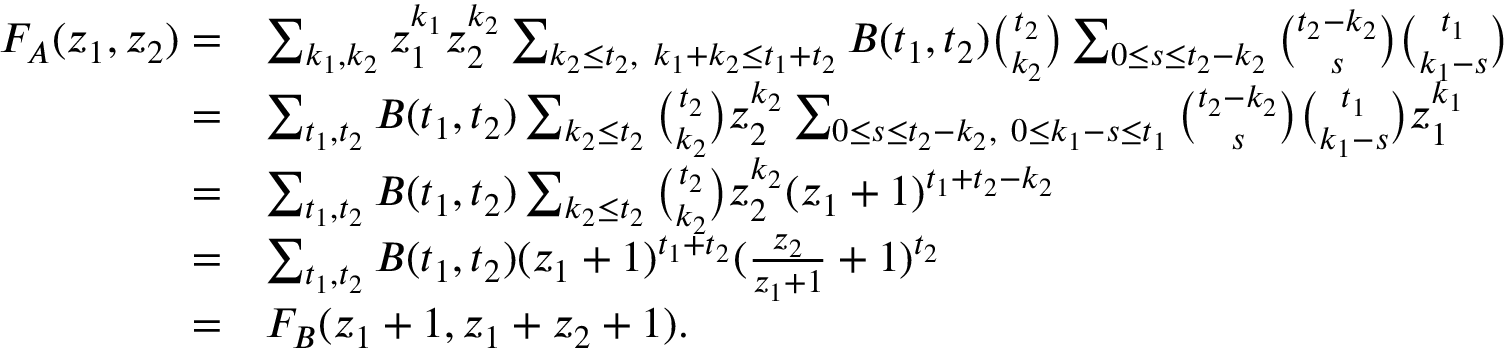
\begin{array} { r l } { F _ { A } ( z _ { 1 } , z _ { 2 } ) = } & { \sum _ { k _ { 1 } , k _ { 2 } } z _ { 1 } ^ { k _ { 1 } } z _ { 2 } ^ { k _ { 2 } } \sum _ { k _ { 2 } \leq t _ { 2 } , \ k _ { 1 } + k _ { 2 } \leq t _ { 1 } + t _ { 2 } } B ( t _ { 1 } , t _ { 2 } ) \binom { t _ { 2 } } { k _ { 2 } } \sum _ { 0 \leq s \leq t _ { 2 } - k _ { 2 } } \binom { t _ { 2 } - k _ { 2 } } { s } \binom { t _ { 1 } } { k _ { 1 } - s } } \\ { = } & { \sum _ { t _ { 1 } , t _ { 2 } } B ( t _ { 1 } , t _ { 2 } ) \sum _ { k _ { 2 } \leq t _ { 2 } } \binom { t _ { 2 } } { k _ { 2 } } z _ { 2 } ^ { k _ { 2 } } \sum _ { 0 \leq s \leq t _ { 2 } - k _ { 2 } , \ 0 \leq k _ { 1 } - s \leq t _ { 1 } } \binom { t _ { 2 } - k _ { 2 } } { s } \binom { t _ { 1 } } { k _ { 1 } - s } z _ { 1 } ^ { k _ { 1 } } } \\ { = } & { \sum _ { t _ { 1 } , t _ { 2 } } B ( t _ { 1 } , t _ { 2 } ) \sum _ { k _ { 2 } \leq t _ { 2 } } \binom { t _ { 2 } } { k _ { 2 } } z _ { 2 } ^ { k _ { 2 } } ( z _ { 1 } + 1 ) ^ { t _ { 1 } + t _ { 2 } - k _ { 2 } } } \\ { = } & { \sum _ { t _ { 1 } , t _ { 2 } } B ( t _ { 1 } , t _ { 2 } ) ( z _ { 1 } + 1 ) ^ { t _ { 1 } + t _ { 2 } } ( \frac { z _ { 2 } } { z _ { 1 } + 1 } + 1 ) ^ { t _ { 2 } } } \\ { = } & { F _ { B } ( z _ { 1 } + 1 , z _ { 1 } + z _ { 2 } + 1 ) . } \end{array}